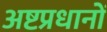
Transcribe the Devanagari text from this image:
अष्टप्रधानों